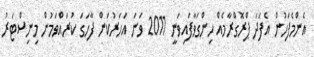
އެންމެފަހުން އެފަދަ ޕްރޮގްރާމެއް ހިންގަވާފައިވަނީ 2011 ވަނަ އަހަރުކަން ފާހަގަ ކުރައްވަމުން މިނިސްޓަރު